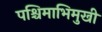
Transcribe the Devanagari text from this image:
पश्चिमाभिमुखी